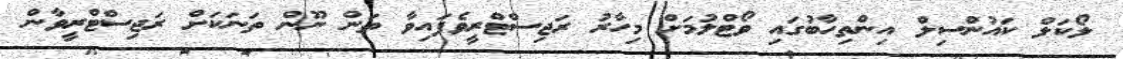
ލޯކަލް ކައުންސިލް އިންތިހާބުގައި ވޯޓްލުމަށް މިހާރު ރަޖިސްޓްރީވެފައިވާ ތަން ނޫން ތަނަކަށް ރަޖިސްޓްރީވާން